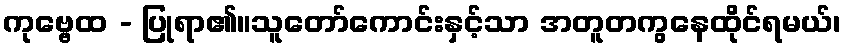
ကုဗ္ဗေထ - ပြုရာ၏။သူတော်ကောင်းနှင့်သာ အတူတကွနေထိုင်ရမယ်၊